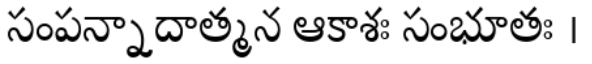
సంపన్నాదాత్మన ఆకాశః సంభూతః ।